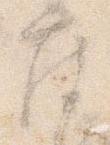
座